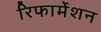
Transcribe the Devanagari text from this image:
रिफार्मेशन